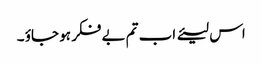
اس لیئے اب تم بے فکر ہو جاؤ ۔